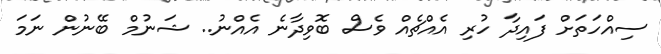
ސިއްހަތަށް ފައިދާ ހުރި އެއްޗެއް ވެސް ބޮވިދާނެ އެއްނު.. ޝަނުމް ބޭނުން ނަމަ